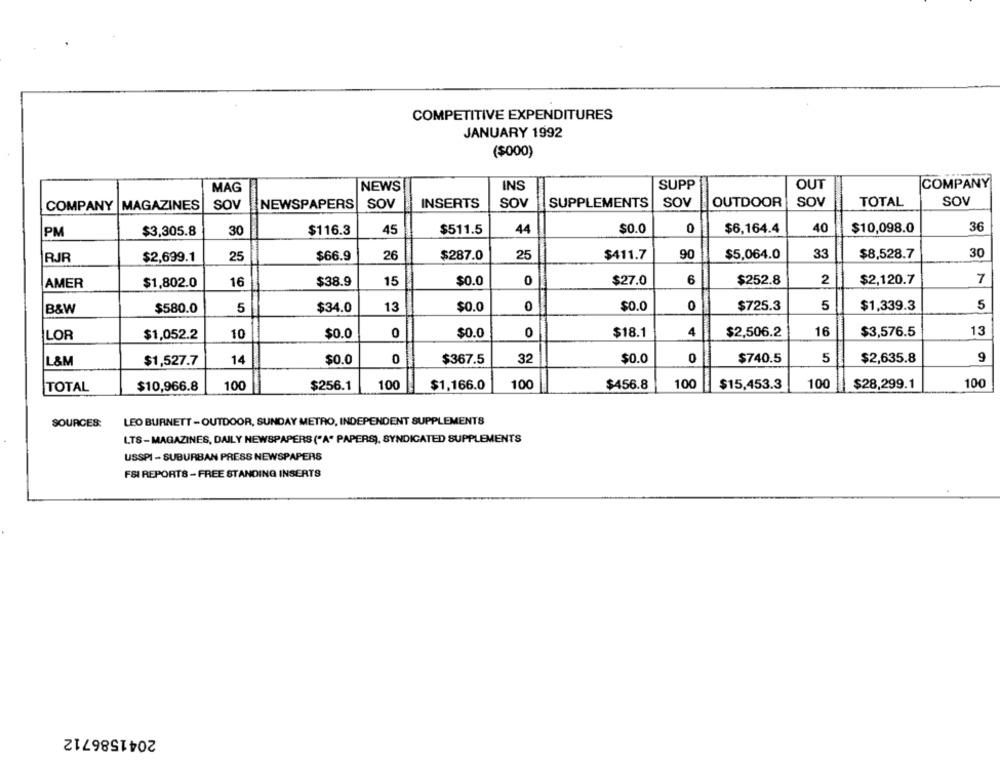
COMPETITIVE EXPENDITURES
JANUARY 1992
($000)
OUT
COMPANY
MAG
NEWS
INS
SUPP
COMPANY |MAGAZINES
SOV
NEWSPAPERS
SOV
INSERTS
SOV
SUPPLEMENTS
SOV
OUTDOOR
SOV
TOTAL
SOV
45
$511.5
44
$0.0
0
$6,164.4
40
$10,098.0
36
PM
$3,305.8
30
$116.3
30
RJR
$2,699.1
25
$66.9
26
$287.0
25
$411.7
90
$5,064.0
33
$8,528.7
AMER
$1,802.0
16
$38.9
15
$0.0
0
$27.0
6
$252.8
2
$2,120.7
7
$0.0
0
$0.0
0
$725.3
5
$1,339.3
5
B&W
$580.0
5
$34.0
13
LOR
$1,052.2
10
$0.0
0
$0.0
0
$18.1
4
$2,506.2
16
$3,576.5
13
$0.0
0
$367.5
32
$0.0
0
$740.5
5
$2,635.8
9
L&M
$1,527.7
14
TOTAL
$10,966.8
100
$256.1
100
$1,166.0
100
$456.8
100
$15,453.3
100
$28,299.1
100
LEO BURNETT - OUTDOOR, SUNDAY METRO, INDEPENDENT SUPPLEMENTS
SOURCES:
LTS-MAGAZINES, DAILY NEWSPAPERS ("A" PAPERS), SYNDICATED SUPPLEMENTS
USSPI - SUBURBAN PRESS NEWSPAPERS
FSI REPORTS - FREE STANDING INSERTS
2041586712